Triennial report on the lunatic asylums in the province of Eastern Bengal and Assam - 1903-1911
Year: 1903
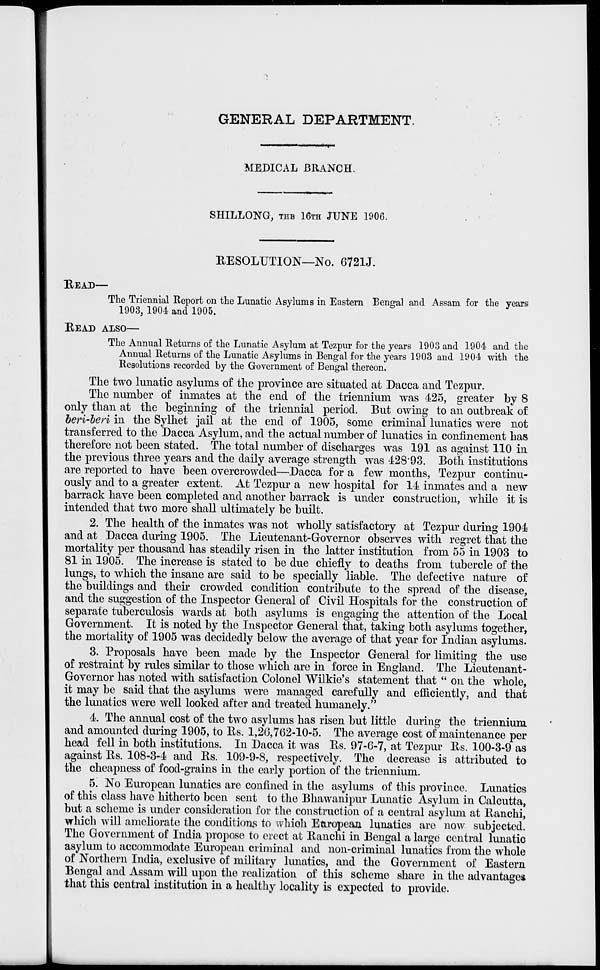
GENERAL DEPARTMENT.
MEDICAL BRANCH.
SHILLONG, THE 16TH JUNE 1906.
RESOLUTION—No. 6721J.
READ—
The Triennial Report on the Lunatic Asylums in Eastern Bengal and Assam for the years
1903, 1904 and 1905.
READ ALSO—
The Annual Returns of the Lunatic Asylum at Tezpur for the years 1903 and 1904 and the
Annual Returns of the Lunatic Asylums in Bengal for the years 1903 and 1904 with the
Resolutions recorded by the Government of Bengal thereon.
The two lunatic asylums of the province are situated at Dacca and Tezpur.
The number of inmates at the end of the triennium was 425, greater by 8
only than at the beginning of the triennial period. But owing to an outbreak of
beri-beri in the Sylhet jail at the end of 1905, some criminal lunatics were not
transferred to the Dacca Asylum, and the actual number of lunatics in confinement has
therefore not been stated. The total number of discharges was 191 as against 110 in
the previous three years and the daily average strength was 428.93. Both institutions
are reported to have been overcrowded—Dacca for a few months, Tezpur continu-
ously and to a greater extent. At Tezpur a new hospital for 14 inmates and a new
barrack have been completed and another barrack is under construction, while it is
intended that two more shall ultimately be built.
2. The health of the inmates was not wholly satisfactory at Tezpur during 1904
and at Dacca during 1905. The Lieutenant-Governor observes with regret that the
mortality per thousand has steadily risen in the latter institution from 55 in 1903 to
81 in 1905. The increase is stated to be due chiefly to deaths from tubercle of the
lungs, to which the insane are said to be specially liable. The defective nature of
the buildings and their crowded condition contribute to the spread of the disease,
and the suggestion of the Inspector General of Civil Hospitals for the construction of
separate tuberculosis wards at both asylums is engaging the attention of the Local
Government. It is noted by the Inspector General that, taking both asylums together,
the mortality of 1905 was decidedly below the average of that year for Indian asylums.
3. Proposals have been made by the Inspector General for limiting the use
of restraint by rules similar to those which are in force in England. The Lieutenant-
Governor has noted with satisfaction Colonel Wilkie's statement that "on the whole,
it may be said that the asylums were managed carefully and efficiently, and that
the lunatics were well looked after and treated humanely."
4. The annual cost of the two asylums has risen but little during the triennium
and amounted during 1905, to Rs. 1,26,762-10-5. The average cost of maintenance per
head fell in both institutions. In Dacca it was Rs. 97-6-7, at Tezpur Rs. 100-3-9 as
against Rs. 108-3-4 and Rs. 109-9-8, respectively. The decrease is attributed to
the cheapness of food-grains in the early portion of the triennium.
5. No European lunatics are confined in the asylums of this province. Lunatics
of this class have hitherto been sent to the Bhawanipur Lunatic Asylum in Calcutta,
but a scheme is under consideration for the construction of a central asylum at Ranchi,
which will ameliorate the conditions to which European lunatics are now subjected.
The Government of India propose to erect at Ranchi in Bengal a large central lunatic
asylum to accommodate European criminal and non-criminal lunatics from the whole
of Northern India, exclusive of military lunatics, and the Government of Eastern
Bengal and Assam will upon the realization of this scheme share in the advantages
that this central institution in a healthy locality is expected to provide.